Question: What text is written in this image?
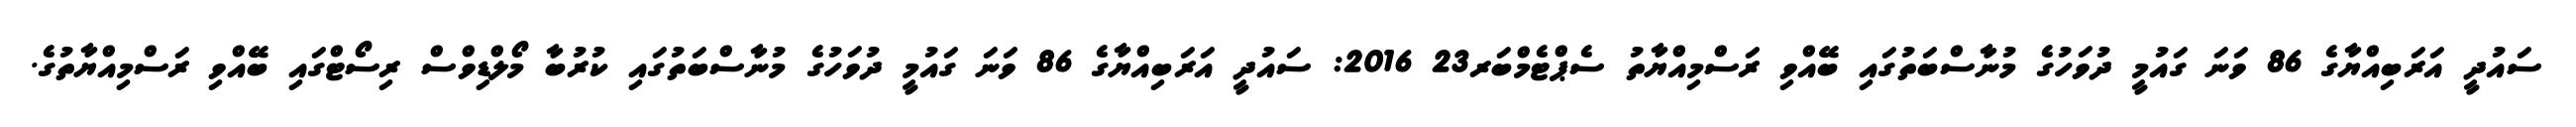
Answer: ސައުދީ އަރަބިއްޔާގެ 86 ވަނަ ގައުމީ ދުވަހުގެ މުނާސްބަތުގައި ބޭއްވި ރަސްމިއްޔާތު ސެޕްޓެމްބަރ23 2016: ސައުދީ އަރަބިއްޔާގެ 86 ވަނަ ގައުމީ ދުވަހުގެ މުނާސްބަތުގައި ކުރުބާ މޯލްޑިވްސް ރިސޯޓްގައި ބޭއްވި ރަސްމިއްޔާތުގެ.